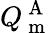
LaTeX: Q_{\mathrm{~m~}}^{\mathrm{~A~}}